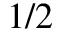
1 / 2